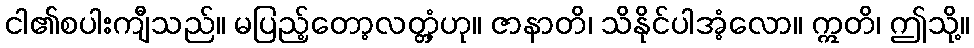
ငါ၏စပါးကျီသည်။ မပြည့်တော့လတ္တံ့ဟု။ ဇာနာတိ၊ သိနိုင်ပါအံ့လော။ ဣတိ၊ ဤသို့။